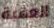
العقبة